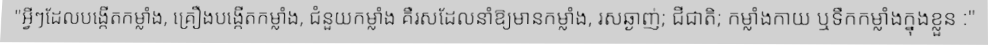
"អ្វីៗដែលបង្កើតកម្លាំង, គ្រឿងបង្កើតកម្លាំង, ជំនួយកម្លាំង គឺរសដែលនាំឱ្យមានកម្លាំង, រសឆ្ងាញ់; ជីជាតិ; កម្លាំងកាយ ឬទឹកកម្លាំងក្នុងខ្លួន :"